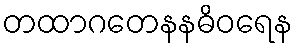
တထာဂတေနနဓိဝရေန